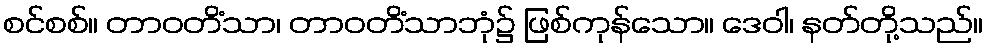
စင်စစ်။ တာဝတိံသာ၊ တာဝတိံသာဘုံ၌ ဖြစ်ကုန်သော။ ဒေဝါ၊ နတ်တို့သည်။